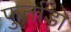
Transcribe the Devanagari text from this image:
फुर्ताडो